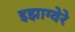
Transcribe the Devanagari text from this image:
इझाग्वेरे